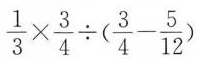
$$\frac{1}{3}\times \frac{3}{4}\div(\frac{3}{4}- \frac{5}{12})$$